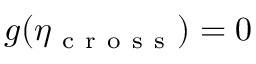
g ( \eta _ { \mathrm { ~ c ~ r ~ o ~ s ~ s ~ } } ) = 0